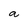
Character: a